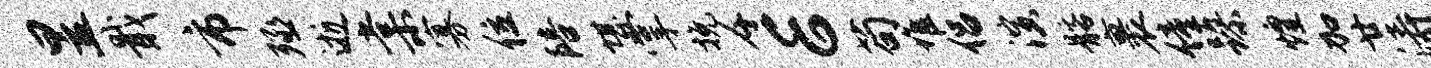
昱戢市殛逝棠寡位陪堪掌挽千E苟堆侣演髂裹僮躁煌加廿涛